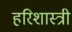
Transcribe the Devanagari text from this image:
हरिशास्त्री